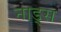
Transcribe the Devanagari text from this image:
नाड्स